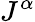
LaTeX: J^{\alpha}